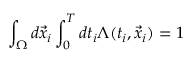
\int _ { \Omega } d \vec { x } _ { i } \int _ { 0 } ^ { T } d t _ { i } \Lambda ( t _ { i } , \vec { x } _ { i } ) = 1